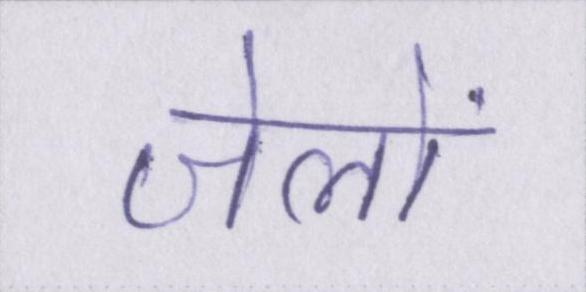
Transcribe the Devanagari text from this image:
जेलों